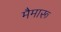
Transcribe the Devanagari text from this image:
मैमारू